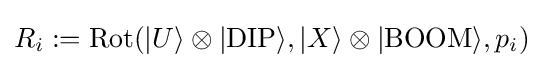
R_{i}:={\text{Rot}}(|U\rangle \otimes |{\text{DIP}}\rangle ,|X\rangle \otimes |{\text{BOOM}}\rangle ,p_{i})